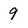
Character: 9